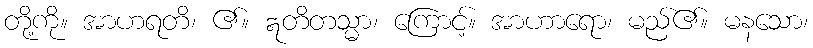
တို့ကို။ အာဟရတိ၊ ၏။ ဣတိတသ္မာ၊ ကြောင့်။ အာဟာရော၊ မည်၏။ မနသော၊